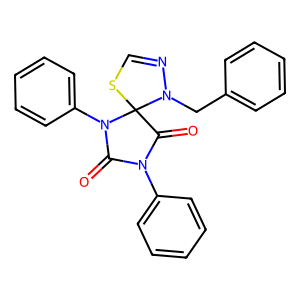
SMILES: O=C1N(c2ccccc2)C(=O)C2(SC=NN2Cc2ccccc2)N1c1ccccc1
Inhibits HIV replication: No